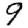
Digit: 9